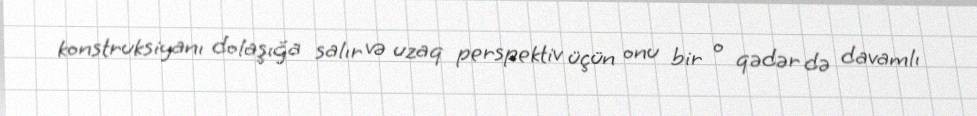
konstruksiyanı dolaşığa salır və uzaq perspektiv üçün onu bir o qədər də davamlı